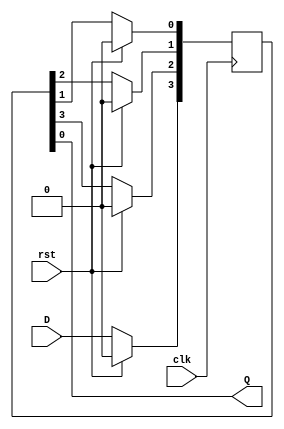
`timescale 1ns / 1ps
//////////////////////////////////////////////////////////////////////////////////
// Company: 
// Engineer: 
// 
// Design Name: 
// Module Name: siso_using_assignment
// Project Name: 
// Target Devices: 
// Tool Versions: 
// Description: 
// 
// Dependencies: 
// 
// Revision:
// Revision 0.01 - File Created
// Additional Comments:
// 
//////////////////////////////////////////////////////////////////////////////////


module siso_using_assignment(input clk,
                             input D,
                             input rst,
                             output Q
);
  reg [3:0] data=0;  
  always @(posedge clk) begin
    if (rst) begin
      data=4'b0000; 
    end else begin     
      data[0]=data[1]; 
      data[1]=data[2]; 
      data[2]=data[3]; 
      data[3]=D;
    end
  end
  assign Q = data[0]; 
endmodule